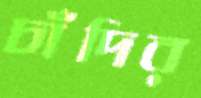
চাঁদির